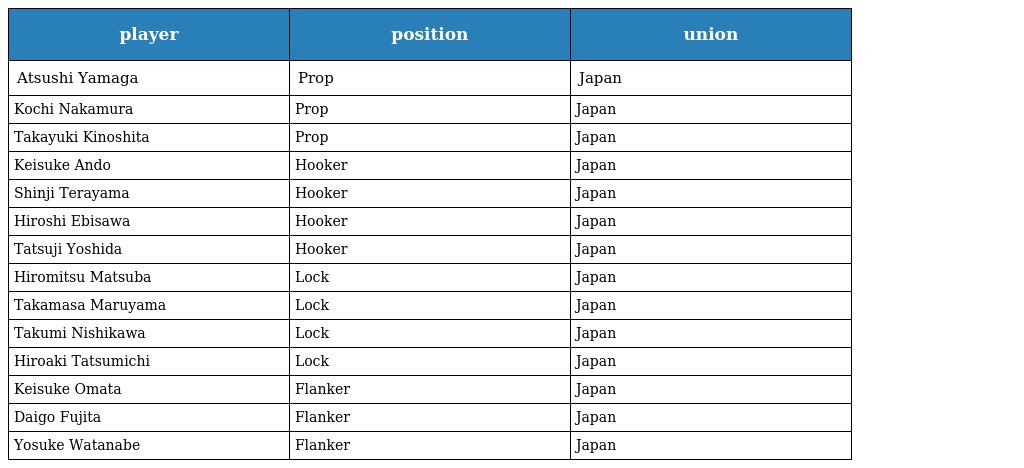
| player | position | union |
 | --- | --- | --- |
 | Atsushi Yamaga | Prop | Japan |
 | Kochi Nakamura | Prop | Japan |
 | Takayuki Kinoshita | Prop | Japan |
 | Keisuke Ando | Hooker | Japan |
 | Shinji Terayama | Hooker | Japan |
 | Hiroshi Ebisawa | Hooker | Japan |
 | Tatsuji Yoshida | Hooker | Japan |
 | Hiromitsu Matsuba | Lock | Japan |
 | Takamasa Maruyama | Lock | Japan |
 | Takumi Nishikawa | Lock | Japan |
 | Hiroaki Tatsumichi | Lock | Japan |
 | Keisuke Omata | Flanker | Japan |
 | Daigo Fujita | Flanker | Japan |
 | Yosuke Watanabe | Flanker | Japan |